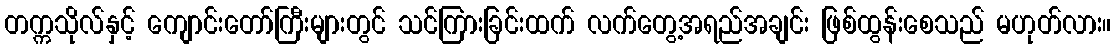
တက္ကသိုလ်နှင့် ကျောင်းတော်ကြီးများတွင် သင်ကြားခြင်းထက် လက်တွေ့အရည်အချင်း ဖြစ်ထွန်းစေသည် မဟုတ်လား။